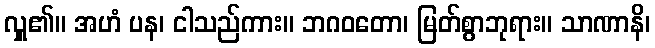
လှူ၏။ အဟံ ပန၊ ငါသည်ကား။ ဘဂဝတော၊ မြတ်စွာဘုရား။ သာဏာနိ၊